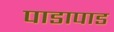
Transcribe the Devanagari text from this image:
पाडापाड